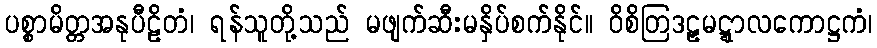
ပစ္စာမိတ္တအနုပီဠိတံ၊ ရန်သူတို့သည် မဖျက်ဆီးမနှိပ်စက်နိုင်။ ဝိစိတြဒဠှမဋ္ဋာလကောဋ္ဌကံ၊